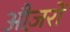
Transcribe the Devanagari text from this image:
औज़रों